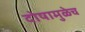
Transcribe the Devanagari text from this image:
दोषामुळेच